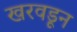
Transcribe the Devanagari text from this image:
खरवडून